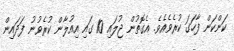
ކަންކަން ފާހަގަ ކުރެވެއެވެ. އެގޮތުން ޖުލައި 10 ގައި އިއުލާން ކުރެވުނު ފަދައިން